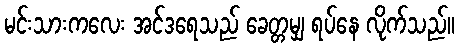
မင်းသားကလေး အင်ဒရေသည် ခေတ္တမျှ ရပ်နေ လိုက်သည်။